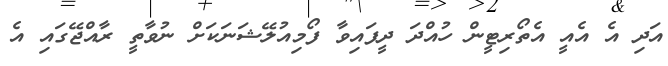
އަދި އެ އެއީ އެތޯރިޓީން ހުއްދަ ދީފައިވާ ފޯމިއުލޭޝަނަކަށް ނުވާތީ ރާއްޖޭގައި އެ